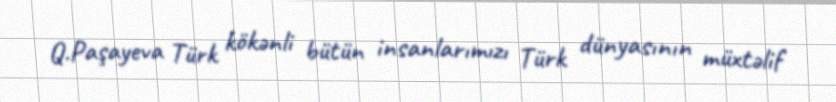
Q.Paşayeva Türk kökənli bütün insanlarımızı Türk dünyasının müxtəlif